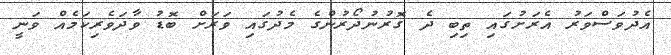
އެދުވަސްވަރު އެރަށުގައި ތިބި ދެ ގޮރުނުދޯރުންގެ މެދުގައި ވަރަށް ބޮޑު ވާދަވެރިކަމެއް ވަނީ